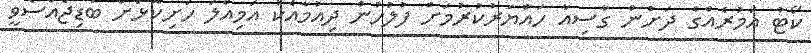
ކޯޓު އަމުރެއްގެ ދަށުން ގާސިއާ ހައްޔަރުކުރުމަށް ފުލުހުން ދިއުމާއެކު އަމިއްލަ ހަށިކޮޅަށް ބަޑިޖެއްސެވީ